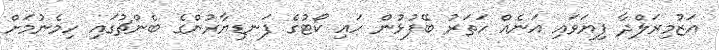
އަޒުމިރަލްދާ ފިޔަވައި އަނެއް ހަތަރު ބޭފުޅުން ހައި ކޯޓުގެ ފަނޑިޔާރުންގެ ބެންޗުގައި ހިމެނުމަށް